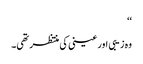
‘‘
وہ زیبی اور عینی کی منتظر تھی۔